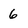
Character: 6